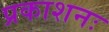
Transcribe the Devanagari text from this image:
प्रकाशनः